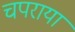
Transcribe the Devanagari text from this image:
चपराया